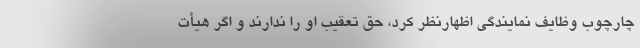
چارچوب وظایف نمایندگی اظهارنظر کرد، حق تعقیب او را ندارند و اگر هیأت